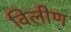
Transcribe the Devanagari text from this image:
विलीण